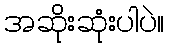
အဆိုးဆုံးပါပဲ။